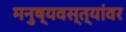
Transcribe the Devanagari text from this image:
मनुष्यवस्त्यांवर